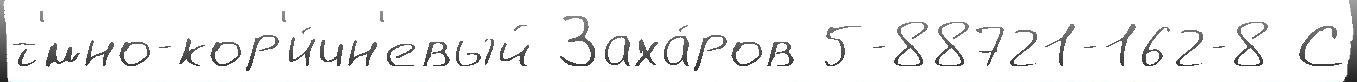
т'́мно-кор'и́чн'евый Заха́ров 5-88721-162-8 С